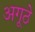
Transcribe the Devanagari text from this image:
अगूठे